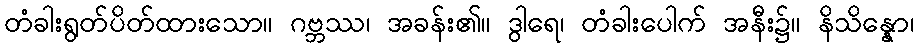
တံခါးရွတ်ပိတ်ထားသော။ ဂဗ္ဘဿ၊ အခန်း၏။ ဒွါရေ၊ တံခါးပေါက် အနီး၌။ နိသိန္နော၊